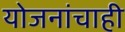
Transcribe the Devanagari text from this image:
योजनांचाही